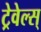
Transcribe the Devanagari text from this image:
ट्रेवेल्स्